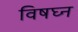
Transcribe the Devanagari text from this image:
विषघ्न